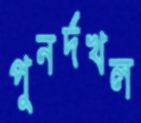
পুনর্দখল